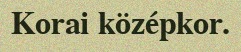
Korai középkor.